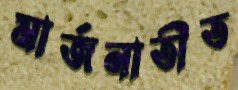
মার্জনাতীত